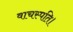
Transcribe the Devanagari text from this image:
वाचस्‍पति।